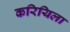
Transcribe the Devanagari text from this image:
करियिला